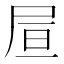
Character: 𡱌